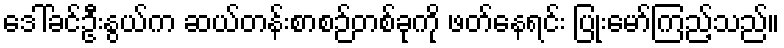
ဒေါ်ခင်ဦးနွယ်က ဆယ်တန်းစာစဉ်တစ်ခုကို ဖတ်နေရင်း ပြုံးမော်ကြည့်သည်။